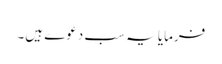
فرمایا یہ سب دعوے ہیں۔